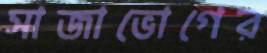
সাজাভোগের